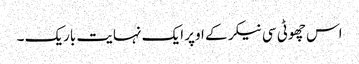
اس چھوٹی سی نیکر کے اوپر ایک نہایت باریک ۔